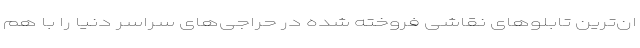
ان‌ترین تابلو‌های نقاشی فروخته شده در حراجی‌های سراسر دنیا را با هم